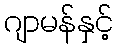
ဂျာမန်နှင့်